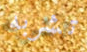
تشربه